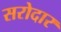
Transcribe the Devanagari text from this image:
सरोदार